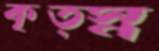
কৃত্স্ন